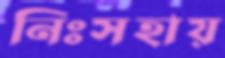
নিঃসহায়